Mental hospitals Bombay report 1929-33 - 1929-1933
Year: 1929
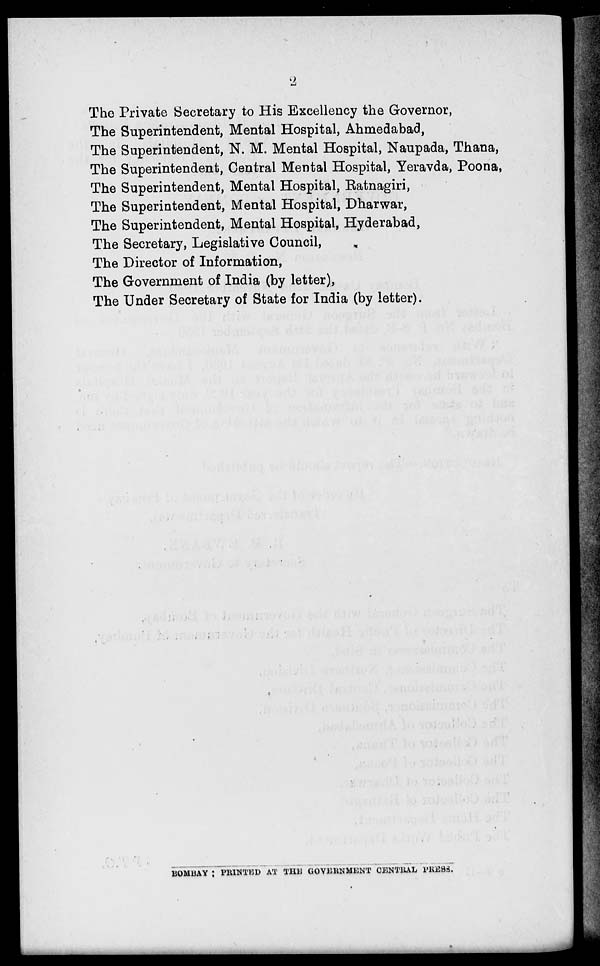
2
The Private Secretary to His Excellency the Governor,
The Superintendent, Mental Hospital, Ahmedabad ,
The Superintendent, N. M. Mental Hospital, Naupada , Thana ,
The Superintendent, Central Mental Hospital, Yeravda, Poona,
The Superintendent, Mental Hospital, Ratnagiri,
The Superintendent, Mental Hospital, Dharwar,
The Superintendent, Mental Hospital, Hyderabad,
The Secretary, Legislative Council,
The Director of Information,
The Government of India (by letter),
The Under Secretary of State for India (by letter).
BOMBAY : PRINTED AT THE GOVERNMENT CENTRAL PRESS.